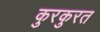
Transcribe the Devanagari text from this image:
कुरकुरत